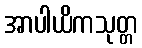
အာပါယိကသုတ္တ